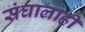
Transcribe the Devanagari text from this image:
संघालाही